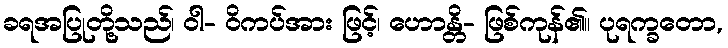
ခရအပြုတို့သည်၊ ဝါ- ဝိကပ်အား ဖြင့်၊ ဟောန္တိ- ဖြစ်ကုန်၏။ ပုရက္ခတော,